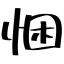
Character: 悃